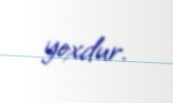
yoxdur.